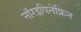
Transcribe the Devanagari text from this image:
नॉरइपिनेफ्रिन